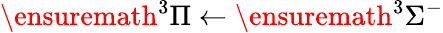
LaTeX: \ensuremath{{}^{3}\Pi}\leftarrow\ensuremath{{}^{3}\Sigma^{-}}